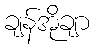
ချန်အိုချာ